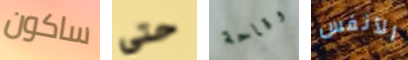
ساكون حتى وقاحة الأنفس